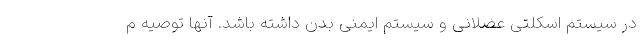
در سیستم اسکلتی عضلانی و سیستم ایمنی بدن داشته باشد. آنها توصیه م